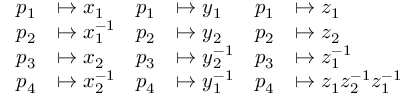
\begin{array} { r l r l r l } { p _ { 1 } } & { \mapsto x _ { 1 } } & { p _ { 1 } } & { \mapsto y _ { 1 } } & { p _ { 1 } } & { \mapsto z _ { 1 } } \\ { p _ { 2 } } & { \mapsto x _ { 1 } ^ { - 1 } } & { p _ { 2 } } & { \mapsto y _ { 2 } } & { p _ { 2 } } & { \mapsto z _ { 2 } } \\ { p _ { 3 } } & { \mapsto x _ { 2 } } & { p _ { 3 } } & { \mapsto y _ { 2 } ^ { - 1 } } & { p _ { 3 } } & { \mapsto z _ { 1 } ^ { - 1 } } \\ { p _ { 4 } } & { \mapsto x _ { 2 } ^ { - 1 } } & { p _ { 4 } } & { \mapsto y _ { 1 } ^ { - 1 } } & { p _ { 4 } } & { \mapsto z _ { 1 } z _ { 2 } ^ { - 1 } z _ { 1 } ^ { - 1 } } \end{array}